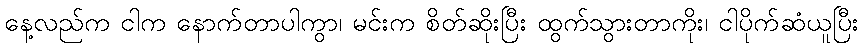
နေ့လည်က ငါက နောက်တာပါကွာ၊ မင်းက စိတ်ဆိုးပြီး ထွက်သွားတာကိုး၊ ငါပိုက်ဆံယူပြီး